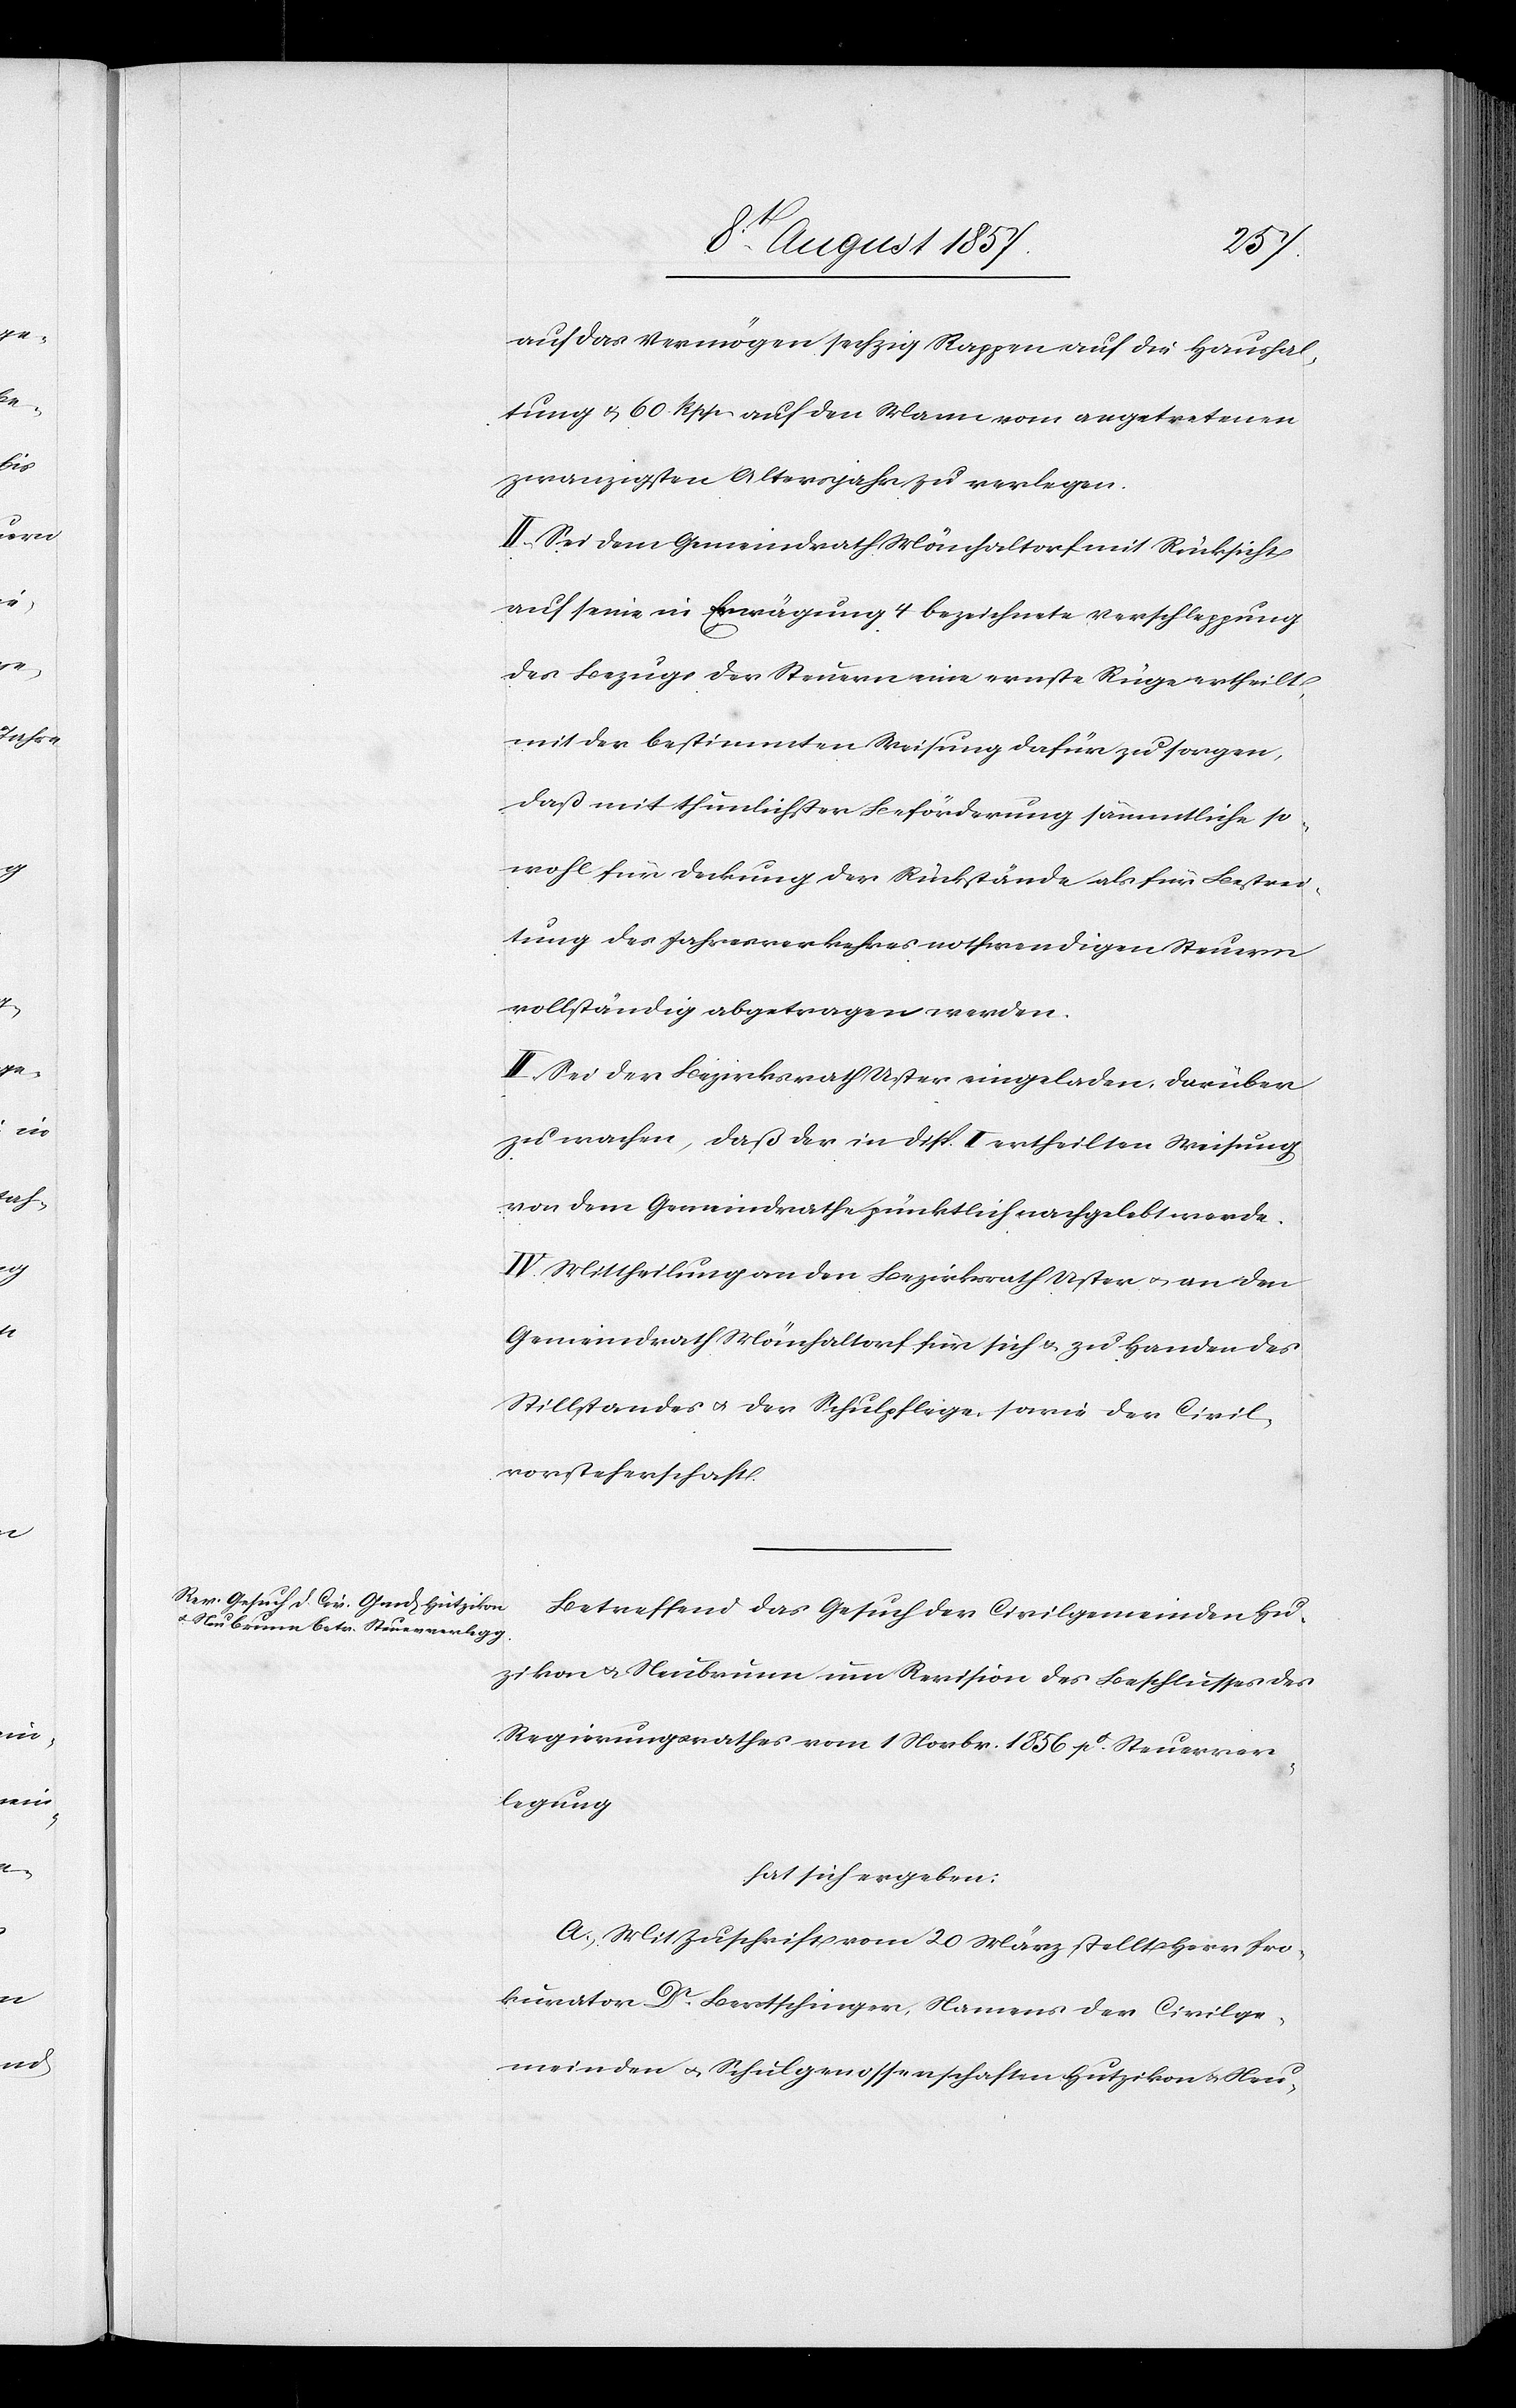
auf das Vermögen sechzig Rappen auf die Haushal¬
tung & 60 Rpp. auf den Mann vom angetretenen
zwanzigsten Altersjahr zu verlegen.
II. Sei dem Gemeindrath Mönchaltorf mit Rücksicht
auf seine in Erwägung 4 bezeichnete Verschleppung
des Bezugs der Steuern eine ernste Rüge ertheilt,
mit der bestimmten Weisung dafür zu sorgen,
daß mit thunlichster Beförderung sämmtliche so¬
wohl für Deckung der Rückstände als für Bestrei¬
tung des Jahresverkehres nothwendigen Steuern
vollständig abgetragen werden.
III. Sei der Bezirksrath Uster eingeladen darüber
zu wachen, daß der in Disp. II ertheilten Weisung
von dem Gemeindrathe pünktlich nachgelebt werde.
IV. Mittheilung an den Bezirksrath Uster & an den
Gemeindrath Mönchaltorf für sich & zu Handen des
Stillstandes & der Schulpflege, sowie der Civil¬
vorsteherschaft.
Betreffend das Gesuch der Civilgemeinden Hu¬
zikon [sic!] & Neubrunn um Revision des Beschlusses des
Regierungsrathes vom 1 Novbr. 1856 po Steuerver¬
legung
hat sich ergeben:
A. Mit Zuschrift vom 20 März stellt Herr Pro¬
kurator Dr Bertschinger, Namens der Civilge¬
meinden & Schulgenossenschaften Hutzikon & Neu-